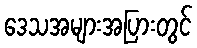
ဒေသအများအပြားတွင်